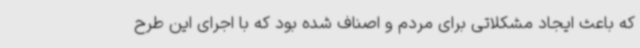
که باعث ایجاد مشکلاتی برای مردم و اصناف شده بود که با اجرای این طرح